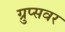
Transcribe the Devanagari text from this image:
ग्रुप्सवर